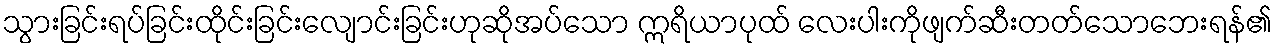
သွားခြင်းရပ်ခြင်းထိုင်းခြင်းလျောင်းခြင်းဟုဆိုအပ်သော ဣရိယာပုထ် လေးပါးကိုဖျက်ဆီးတတ်သောဘေးရန်၏